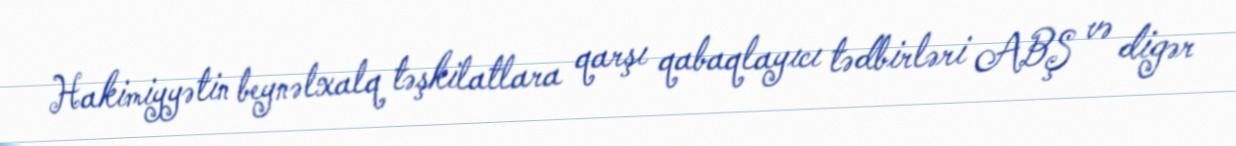
Hakimiyyətin beynəlxalq təşkilatlara qarşı qabaqlayıcı tədbirləri ABŞ və digər